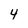
Character: 4